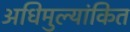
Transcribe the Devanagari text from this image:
अधिमुल्यांकित